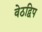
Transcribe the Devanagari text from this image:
वेठद्विप